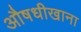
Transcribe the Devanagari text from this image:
औषधीखाना